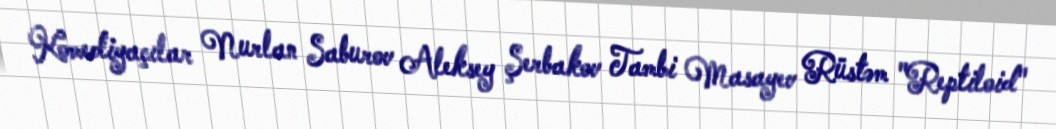
Komediyaçılar Nurlan Saburov Aleksey Şerbakov Tambi Masayev Rüstəm "Reptiloid"